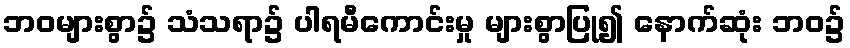
ဘဝများစွာ၌ သံသရာ၌ ပါရမီကောင်းမှု များစွာပြု၍ နောက်ဆုံး ဘဝ၌